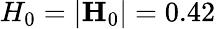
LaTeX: H_{0}=|\mathbf{H}_{0}|=0.42